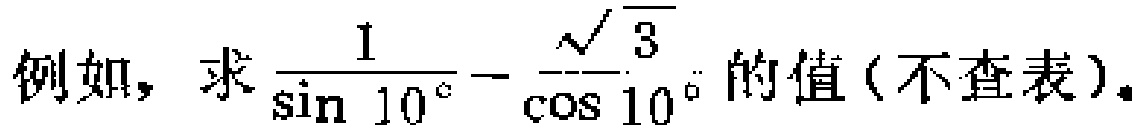
例如，求$\frac{1}{\sin 10^{\circ}}-\frac{\sqrt{3}}{\cos 10^{\circ}}$的值(不查表)。